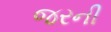
જરની